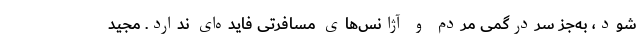
شود، به‌جز سردرگمی مردم و آژانس‌های مسافرتی فایده‌ای ندارد. مجید